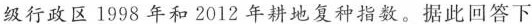
级行政区1998年和2012年耕地复种指数。据此回答下